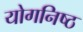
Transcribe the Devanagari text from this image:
योगनिष्ठ